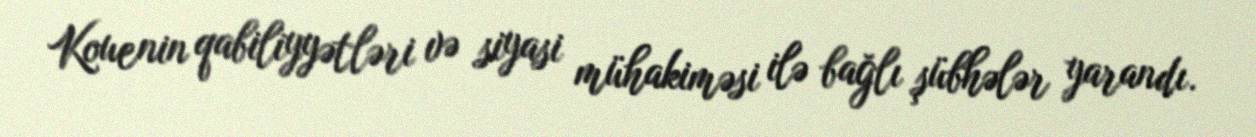
Kouenin qabiliyyətləri və siyasi mühakiməsi ilə bağlı şübhələr yarandı.